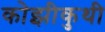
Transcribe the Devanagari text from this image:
कोझीकुथी